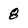
Character: 8